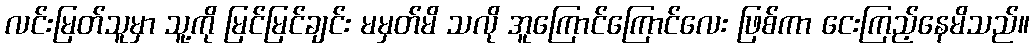
လင်းမြတ်သူမှာ သူ့ကို မြင်မြင်ချင်း မမှတ်မိ သလို အူကြောင်ကြောင်လေး ဖြစ်ကာ ငေးကြည့်နေမိသည်။